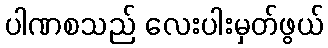
ပါဏစသည် လေးပါးမှတ်ဖွယ်